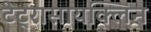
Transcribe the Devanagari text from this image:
टेट्रासायक्लिन